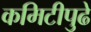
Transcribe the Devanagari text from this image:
कमिटीपुढे